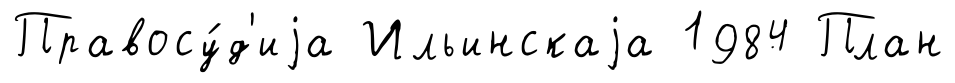
Правосу́д'иjа Ильинскаjа 1984 План